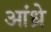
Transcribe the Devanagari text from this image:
आंध्रे